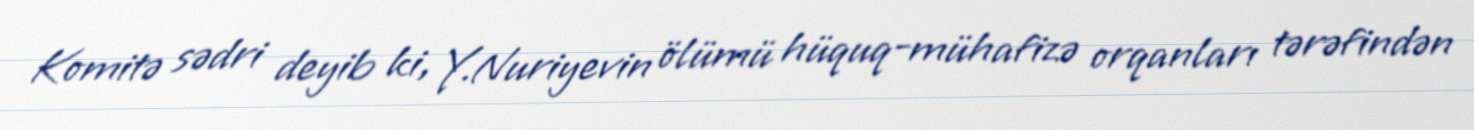
Komitə sədri deyib ki, Y.Nuriyevin ölümü hüquq-mühafizə orqanları tərəfindən